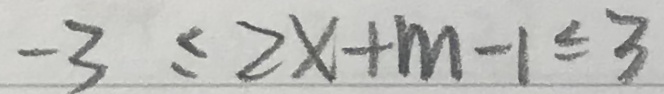
- 3 \leq 2 x + m - 1 \leq 3